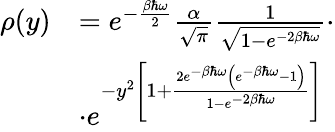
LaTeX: \begin{array}{rl}{\rho(y)}&{=e^{-\frac{\beta\hbar\omega}{2}}\frac{\alpha}{\sqrt{\pi}}\frac{1}{\sqrt{1-e^{-2\beta\hbar\omega}}}\cdot}\\ &{\cdot e^{-y^{2}\left[1+\frac{2e^{-\beta\hbar\omega}\left(e^{-\beta\hbar\omega}-1\right)}{1-e^{-2\beta\hbar\omega}}\right]}}\end{array}